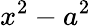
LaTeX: x^{2}-a^{2}